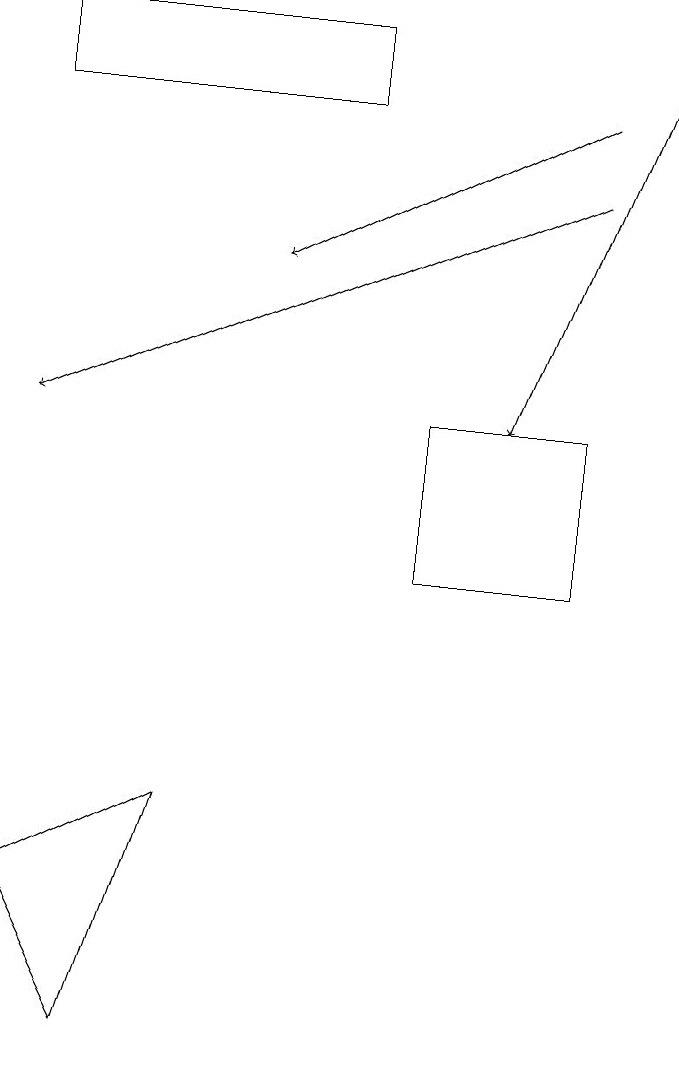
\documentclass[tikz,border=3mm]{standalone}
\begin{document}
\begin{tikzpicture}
\draw[->] (8,19) -- (6,14);
\draw[->] (7,17) -- (0,14);
\draw[->] (7,18) -- (3,16);
\draw (1,6) -- (0,8) -- (2,9) -- cycle;
\draw (0,18) rectangle (4,19);
\draw (7,12) rectangle (5,14);
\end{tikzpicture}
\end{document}